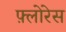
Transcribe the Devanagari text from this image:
फ़्लोरेस